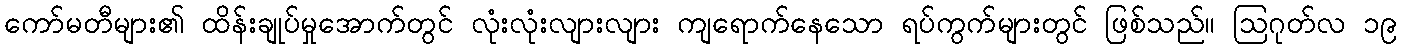
ကော်မတီများ၏ ထိန်းချုပ်မှုအောက်တွင် လုံးလုံးလျားလျား ကျရောက်နေသော ရပ်ကွက်များတွင် ဖြစ်သည်။ ဩဂုတ်လ ၁၉